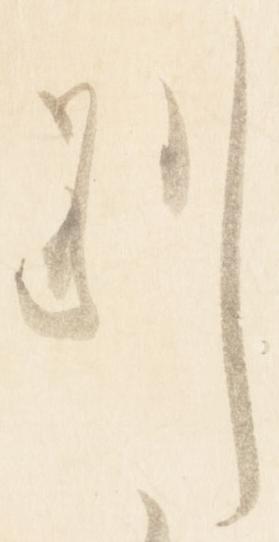
別